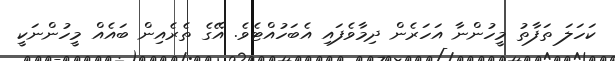
ކަހަލަ ތަފާތު މީހުންނާ އަހަރެން ދިމާވެފައި އެބަހުއްޓެވެ. އޭގެ ތެރެއިން ބައެއް މީހުންނަކީ